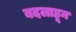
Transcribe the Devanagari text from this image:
बदलाहून